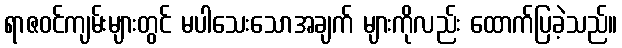
ရာဇဝင်ကျမ်းများတွင် မပါသေးသောအချက် များကိုလည်း ထောက်ပြခဲ့သည်။